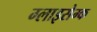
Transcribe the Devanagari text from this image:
ग्लाइसेम्क